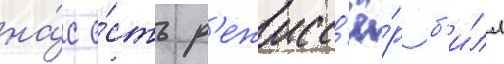
на́с е́сть р'ежисс'ё́р б'и́лл